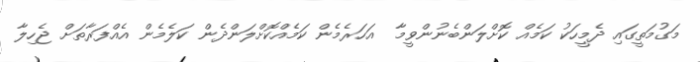
މަގުމަތީގައި ދެމީހަކު ކަމެއް ކޮށްލަންބެނުންވީމާ  އަހަރެމެން ކަމެއްކޮށްލަންދެން ކަލެމެން އެއްފަރާތަށް ޖެހިލާ